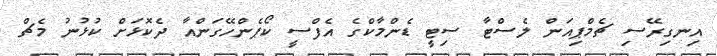
އިނގިރޭސި ޗެމްޕިއަން ލެސްޓާ ސިޓީ ޑެންމާކްގެ އެފްސީ ކޯޕެންހޭގަންއާ ދެކޮޅަށް ކުޅުނު މެޗް